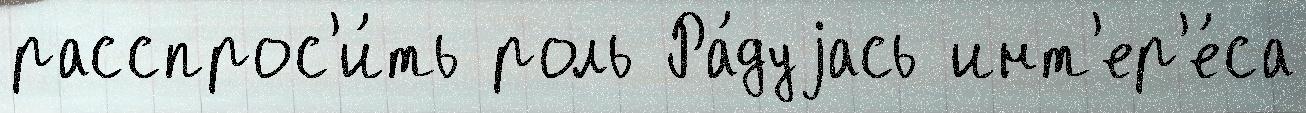
расспрос'и́ть роль Ра́дуjась инт'ер'е́са